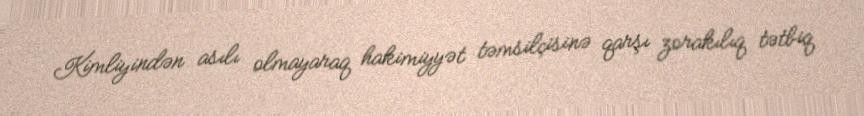
Kimliyindən asılı olmayaraq hakimiyyət təmsilçisinə qarşı zorakılıq tətbiq